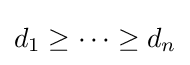
d_{1}\geq \cdots \geq d_{n}